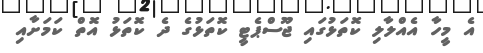
އެ މީހާ އެއްލާލި ކޮތަޅުގައި ޖޫސްޕެޓީ ކޮތަޅުގެ ދެ ކޮތަޅު އޮތް ކަމަށާއި